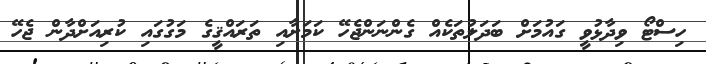
ހިސްޓޯ ވިދާޅުވީ ގައުމަށް ބަދަލުތަކެއް ގެންނަންޖެހޭ ކަމަށާއި ތަރައްޤީގެ މަގުގައި ކުރިއަށްދާން ޖެހޭ